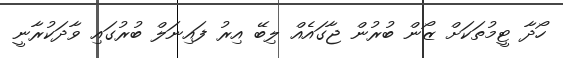
ހޯދާ ޓީމުތަކަށް ޒޯން ބުރުން ޖާގައެއް ލިބޭ އިރު ފައިނަލް ބުރުގައި ވާދަކުރާނީ